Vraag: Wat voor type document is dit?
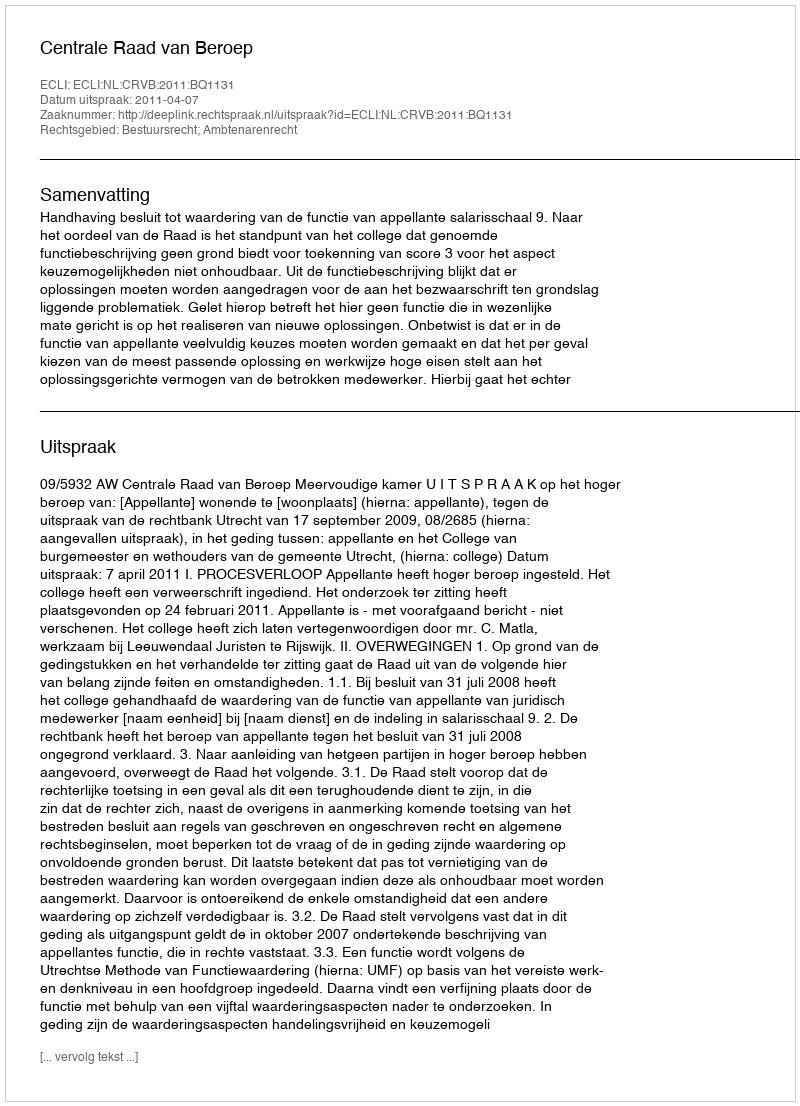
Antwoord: Uitspraak